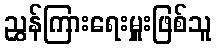
ညွှန်ကြားရေးမှူးဖြစ်သူ